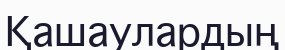
Қашаулардың